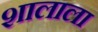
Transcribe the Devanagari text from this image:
शालाला